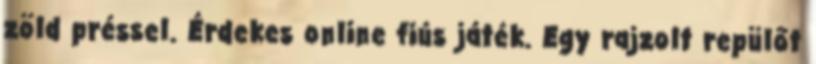
zöld préssel. Érdekes online fiús játék. Egy rajzolt repülőt